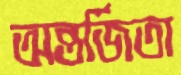
অন্তর্জিতা